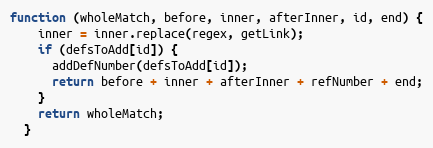
Language: JavaScript
function (wholeMatch, before, inner, afterInner, id, end) {
    inner = inner.replace(regex, getLink);
    if (defsToAdd[id]) {
      addDefNumber(defsToAdd[id]);
      return before + inner + afterInner + refNumber + end;
    }
    return wholeMatch;
  }